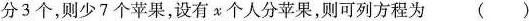
分2个，则还余下2个苹果，若每人分3个，则少7个苹果，设有x个人分苹果，则可列方程为()